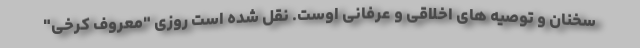
سخنان و توصیه های اخلاقی و عرفانی اوست. نقل شده است روزی "معروف کرخی"